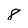
Character: 8